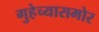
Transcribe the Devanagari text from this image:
गुहेच्यासमोर